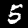
Digit: 5